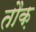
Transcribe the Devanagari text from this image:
तौक़